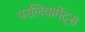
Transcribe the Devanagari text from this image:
परलियामेंट्स